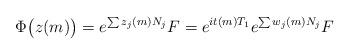
LaTeX: \begin{align*}\Phi \bigl( z(m) \bigr) = e^{\sum z_j(m) N_j} F = e^{i t(m) T_1} e^{\sum w_j(m) N_j} F\end{align*}